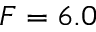
F = 6 . 0